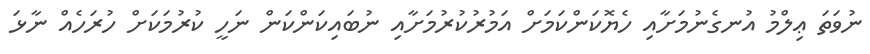
ނުވަތަ ޢިލްމު އުނގެނުމަށާއި ހެޔޮކަންކަމަށް އަމުރުކުރުމަށާއި ނުބައިކަންކަން ނަހީ ކުރުމަކަށް ހުރަހެއް ނާޅަ